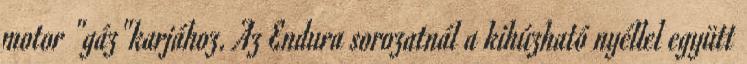
motor "gáz"karjához. Az Endura sorozatnál a kihúzható nyéllel együtt